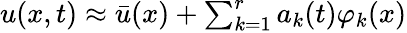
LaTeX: \begin{array}{r}{u(x,t)\approx\bar{u}(x)+\sum_{k=1}^{r}a_{k}(t)\varphi_{k}(x)}\end{array}